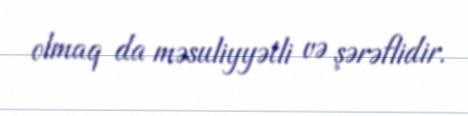
olmaq da məsuliyyətli və şərəflidir.